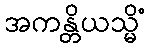
အကန္တိယသ္မိံ